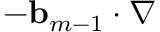
- \ensuremath { \mathbf { b } } _ { m - 1 } \cdot \nabla